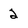
Character: 2